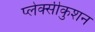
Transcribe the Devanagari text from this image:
प्लेक्सीकुशन